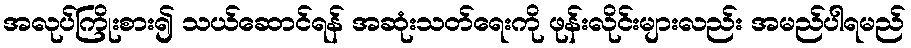
အလုပ်ကြိုးစား၍ သယ်ဆောင်ရန် အဆုံးသတ်ရေးကို ဖုန်းလိုင်းများလည်း အမည်ပါရမည်